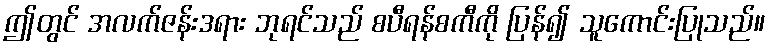
ဤတွင် အလက်ဇန်းဒရား ဘုရင်သည် စပီရန်စကီကို ပြန်၍ သူကောင်းပြုသည်။